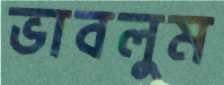
ভাবলুম